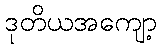
ဒုတိယအကျော့